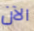
الآن